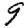
Digit: 9